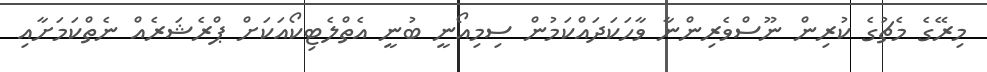
މިރޭގެ މެޗުގެ ކުރިން ނޫސްވެރިންނާ ވާހަކަދައްކަމުން ސިމިއޯނީ ބުނީ އެތްލެޓިކޯއަކަށް ޕްރެޝަރެއް ނެތްކަމަށާއި